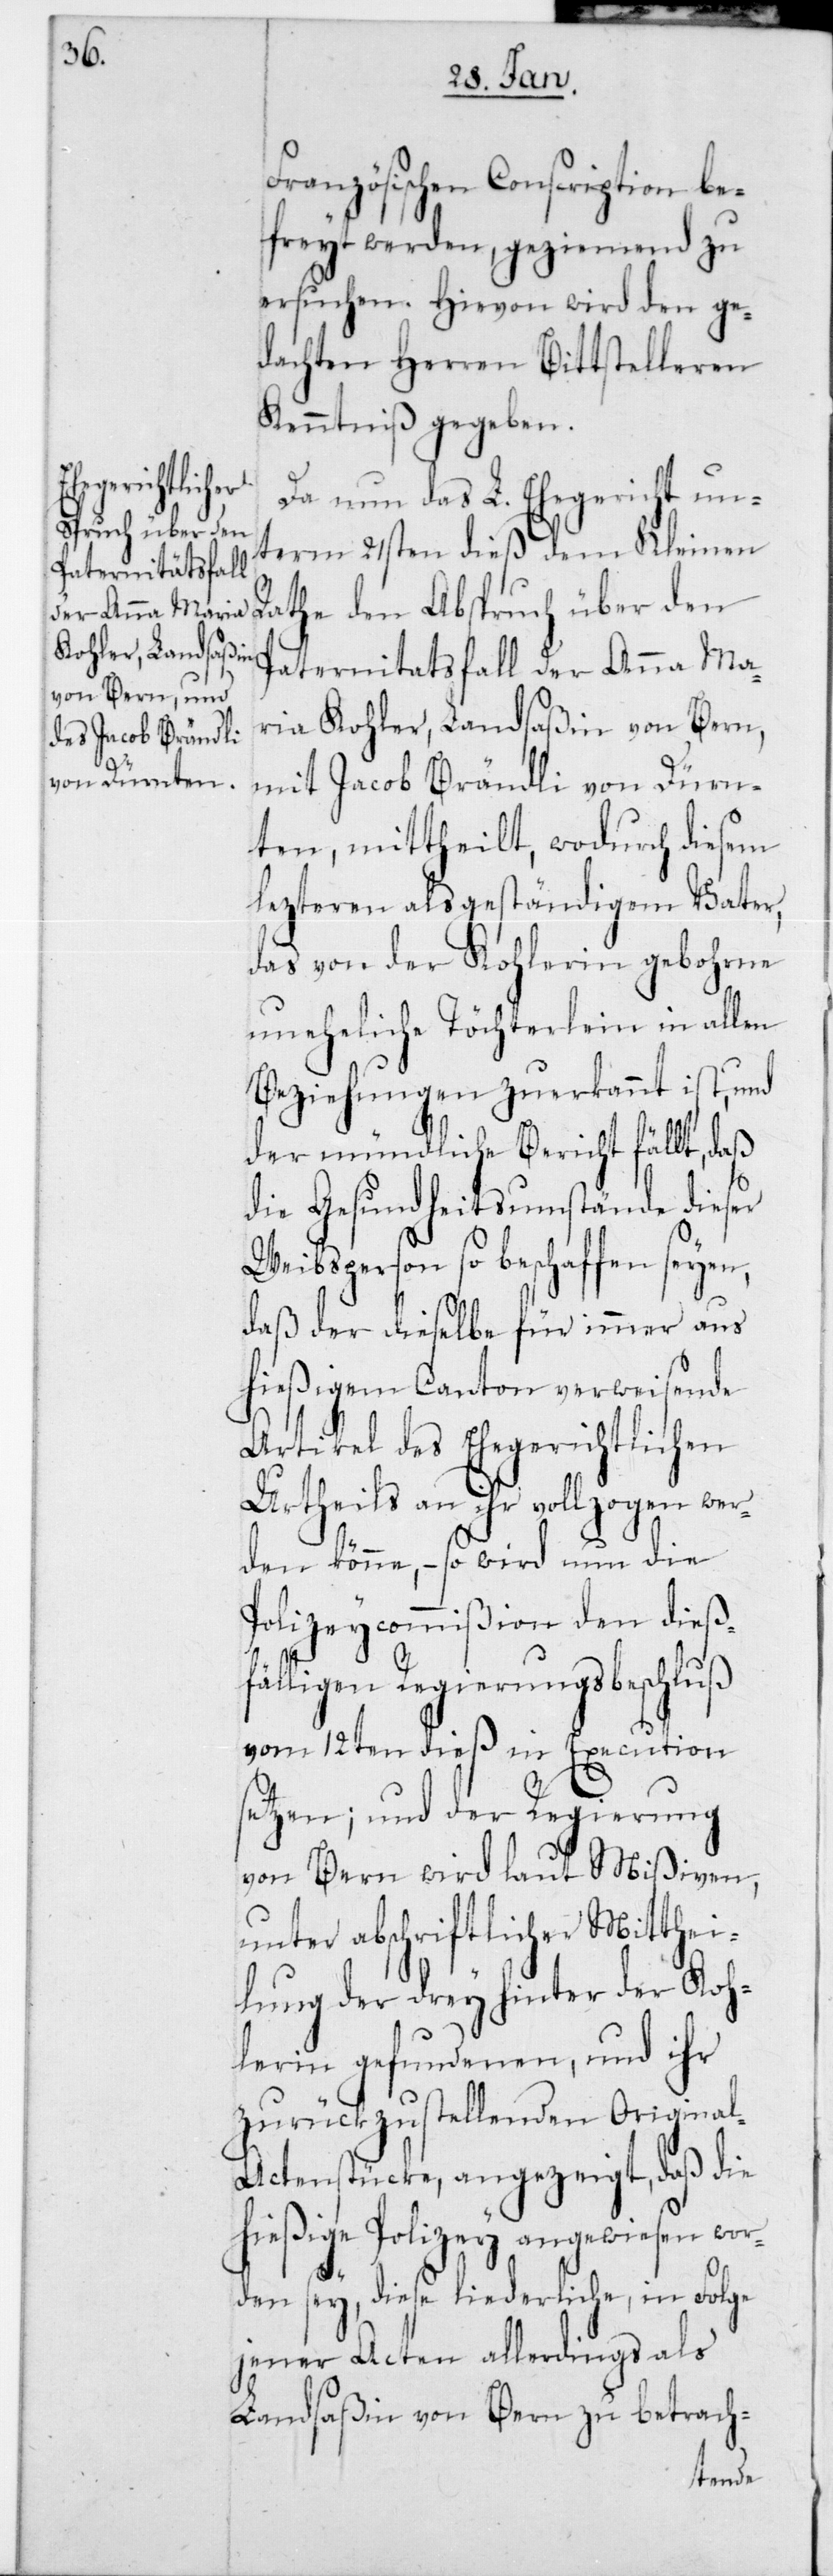
Französischen Conscription be¬
freyt werden, geziemend zu
ersuchen. Hievon wird den ge¬
dachten Herren Bittstelleren
Kenntniß gegeben.
Da nun das L. Ehegericht un¬
Abspruch über den
term 21sten dieß dem Kleinen
Paternitatsfall der Anna Ma¬
ria Kohler, Landsaßin von Bern,
mit Jacob Brändli von Dürn¬
ten, mittheilt, wodurch diesem
letzteren als geständigem Vater,
das von der Kohlerin gebohrne
uneheliche Töchterlein in allen
Beziehungen zuerkannt ist, und
der mündliche Bericht fällt, daß
die Gesundheitsumstände dieser
Weibsperson so beschaffen seyen,
daß der dieselbe für immer aus
hießigem Canton verweisende
Artikel des Ehegerichtlichen
Urtheils an ihr vollzogen wer¬
den könne, – so wird nun die
Polizeycommißion den dießf¬
älligen Regierungsbeschluß
vom 12ten dieß in Execution
setzen; und der Regierung
von Bern wird laut Mißiven,
unter abschriftlicher Mitthei¬
lung der drey hinter der Koh¬
lerin gefundenen, und ihr
zurückzustellenden Origina¬
l-Actenstücke, angezeigt, daß die
hießige Polizey angewiesen wor¬
den sey, diese liederliche, in Folge
jener Acten allerdings als
Landsaßin von Bern zu betrach-